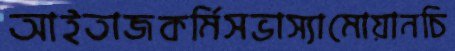
আইতাজকর্মিসভাস্যামোয়ানচি